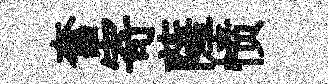
奮寄薩愤